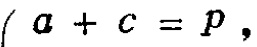
\(a + c = p,\)